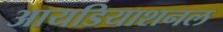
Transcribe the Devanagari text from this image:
आयडियाशनल